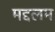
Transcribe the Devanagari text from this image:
मद्दलम